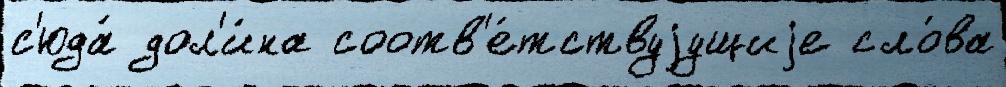
с'юда́ дол'и́на соотв'е́тствуjущиjе сло́ва